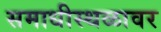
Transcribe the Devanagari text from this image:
समाधीस्थळावर